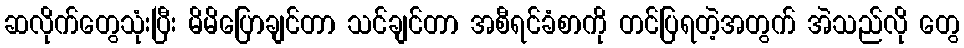
ဆလိုက်တွေသုံးပြီး မိမိပြောချင်တာ သင်ချင်တာ အစီရင်ခံစာကို တင်ပြရတဲ့အတွက် အဲသည်လို တွေ